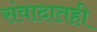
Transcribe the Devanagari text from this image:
संवादातही